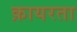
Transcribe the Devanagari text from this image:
क़ायरता